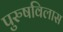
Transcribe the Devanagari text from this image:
पुरुषविलास